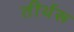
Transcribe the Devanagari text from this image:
तीर्थरू